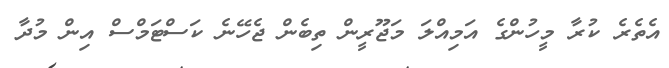
އެތެރެ ކުރާ މީހުންގެ އަމިއްލަ މަޖޫރީން ތިބެން ޖެހޭނެ ކަސްޓަމްސް އިން މުދާ